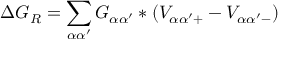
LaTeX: \Delta G _ { R } = \sum _ { \alpha \alpha ^ { \prime } } G _ { \alpha \alpha ^ { \prime } } \ast ( V _ { \alpha \alpha ^ { \prime } + } - V _ { \alpha \alpha ^ { \prime } - } )